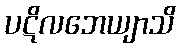
ပဋိလဘေယျာသိ